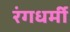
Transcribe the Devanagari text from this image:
रंगधर्मी